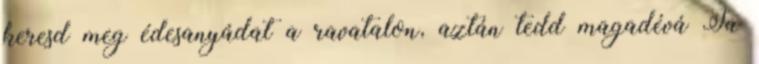
keresd meg édesanyádat a ravatalon, aztán tedd magadévá Ja